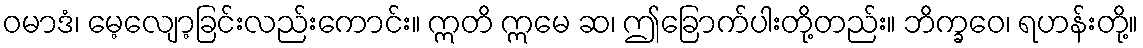
ဝမာဒံ၊ မေ့လျော့ခြင်းလည်းကောင်း။ ဣတိ ဣမေ ဆ၊ ဤခြောက်ပါးတို့တည်း။ ဘိက္ခဝေ၊ ရဟန်းတို့။